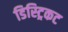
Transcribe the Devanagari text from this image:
डिस्ट्रिकट